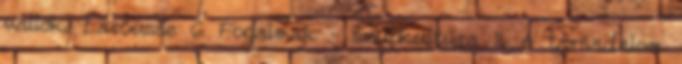
vallók. Larousse 6 Fogalmak – szubkultúra II. A társadalom